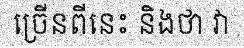
ច្រើនពីនេះ និងថា វា